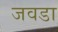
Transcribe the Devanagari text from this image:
जवडा